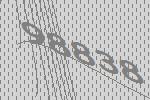
98838